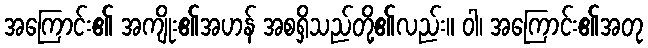
အကြောင်း၏ အကျိုး၏အဟန် အစရှိသည်တို့၏လည်း။ ဝါ၊ အကြောင်း၏အတု